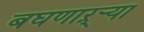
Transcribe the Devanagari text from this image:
बघणाऱ्र्‍या